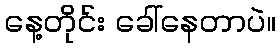
နေ့တိုင်း ခေါ်နေတာပဲ။